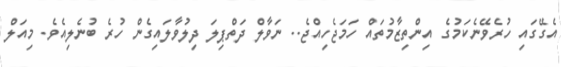
އެގޭގައި ހުރެވޭނެކަމުގެ އިންތިޒާމުތައް ހަމަޖެހިއްޖެ.. ނަވާލް ދަތްޕިލަ ދިލުވާލައިގެން ހުރެ ބުނެލިއެވެ. މިއަލް